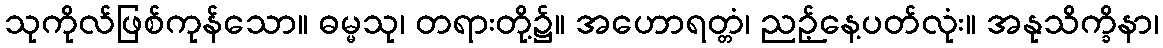
သုကိုလ်ဖြစ်ကုန်သော။ ဓမ္မသု၊ တရားတို့၌။ အဟောရတ္တံ၊ ညဉ့်နေ့ပတ်လုံး။ အနုသိက္ခိနာ၊